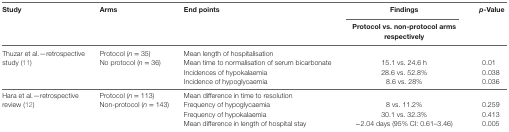
<table><thead><tr><td rowspan="2"><b>Study</b></td><td rowspan="2"><b>Arms</b></td><td rowspan="2"><b>End points</b></td><td><b>Findings</b></td><td rowspan="2"><b><i>p</i>-Value</b></td></tr><tr><td><b>Protocol vs. non-protocol arms respectively</b></td></tr></thead><tbody><tr><td rowspan="4">Thuzar et al.—retrospective study (11)</td><td rowspan="4">Protocol (<i>n</i> = 35)No protocol (<i>n</i> = 36)</td><td>Mean length of hospitalisation</td><td>[EMPTY_CELL]</td><td>[EMPTY_CELL]</td></tr><tr><td>Mean time to normalisation of serum bicarbonate</td><td>15.1 vs. 24.6 h</td><td>0.01</td></tr><tr><td>Incidences of hypokalaemia</td><td>28.6 vs. 52.8%</td><td>0.038</td></tr><tr><td>Incidence of hypoglycaemia</td><td>8.6 vs. 28%</td><td>0.036</td></tr><tr><td rowspan="4">Hara et al.—retrospective review (12)</td><td rowspan="4">Protocol (<i>n</i> = 113)Non-protocol (<i>n</i> = 143)</td><td>Mean difference in time to resolution</td><td>[EMPTY_CELL]</td><td>[EMPTY_CELL]</td></tr><tr><td>Frequency of hypoglycaemia</td><td>8 vs. 11.2%</td><td>0.259</td></tr><tr><td>Frequency of hypokalaemia</td><td>30.1 vs. 32.3%</td><td>0.413</td></tr><tr><td>Mean difference in length of hospital stay</td><td>−2.04 days (95% CI: 0.61–3.46)</td><td>0.005</td></tr></tbody></table>